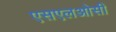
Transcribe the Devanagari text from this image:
एसएलओसी